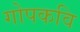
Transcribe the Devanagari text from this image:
गोपकवि